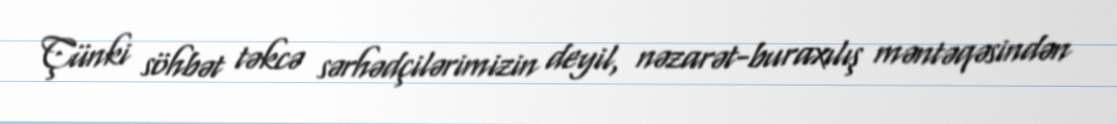
Çünki söhbət təkcə sərhədçilərimizin deyil, nəzarət-buraxılış məntəqəsindən